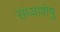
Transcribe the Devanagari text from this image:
संध्याशेषु